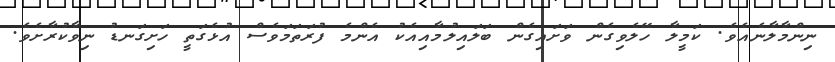
ނިންމާލާނެއެވެ. ކަމީލާ ހޭލެވިގެން ވަށައިގެން ބަލައިލުމާއިއެކު އެންމެ ފުރަތަމަވެސް އުޅެގަތީ ހަށިގަނޑު ނިވާކުރާށެވެ.